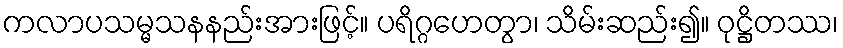
ကလာပသမ္မသနနည်းအားဖြင့်။ ပရိဂ္ဂဟေတွာ၊ သိမ်းဆည်း၍။ ဝုဋ္ဌိတဿ၊